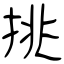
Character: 挑